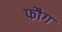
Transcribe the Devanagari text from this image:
फौग